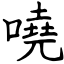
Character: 嘵